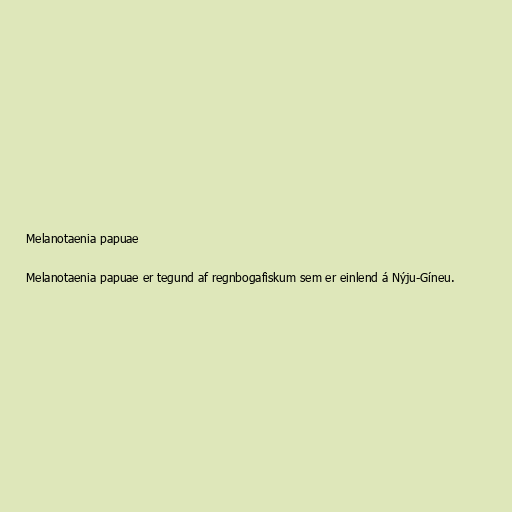
Melanotaenia papuae

Melanotaenia papuae er tegund af regnbogafiskum sem er einlend á Nýju-Gíneu.